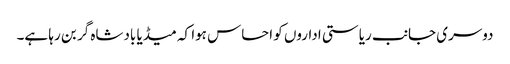
دوسری جانب ریاستی اداروں کو احساس ہوا کہ میڈیا بادشاہ گر بن رہا ہے۔